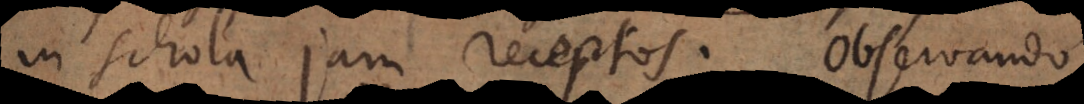
in schola jam receptos. Observando